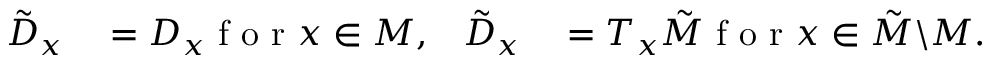
\begin{array} { r l r l } { \tilde { D } _ { x } } & { { } = D _ { x } \mathrm { ~ f ~ o ~ r ~ } x \in M , } & { \tilde { D } _ { x } } & { { } = T _ { x } \tilde { M } \mathrm { ~ f ~ o ~ r ~ } x \in \tilde { M } \backslash M . } \end{array}